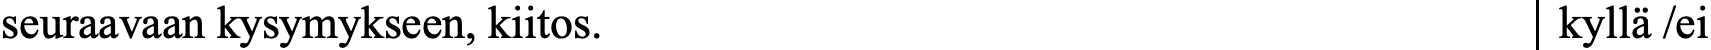
seuraavaan kysymykseen, kiitos.                    kyllä /ei